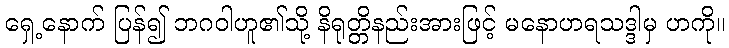
ရှေ့နောက် ပြန်၍ ဘဂဝါဟူ၏သို့ နိရုတ္တိနည်းအားဖြင့် မနောဟရသဒ္ဒါမှ ဟကို။